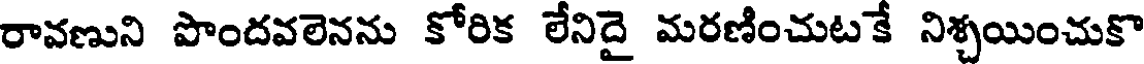
రావణుని పొందవలెనను కోరిక లేనిదై మరణించుటకే నిశ్చయించుకొ